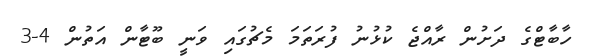
ހާބާޓްގެ ދަށުން ރާއްޖެ ކުޅުނު ފުރަތަމަ މެޗުގައި ވަނީ ބޫޓާން އަތުން 4-3